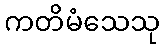
ကတိမံသေသု